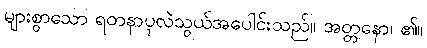
များစွာသော ရတနာပုလဲသွယ်အပေါင်းသည်။ အတ္တနော၊ ၏။